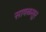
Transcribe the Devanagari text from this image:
सावळसूर